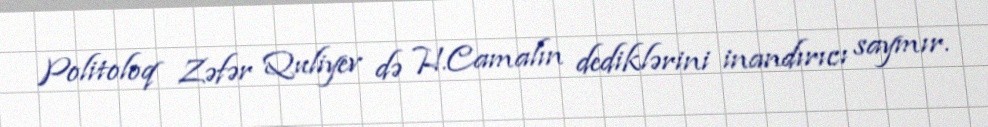
Politoloq Zəfər Quliyev də H.Camalın dediklərini inandırıcı saymır.